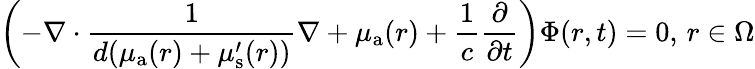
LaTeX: \left(-\nabla\cdot\frac{1}{{d}(\mu_{{\mathrm a}}(r)+\mu_{\mathrm{s}}^{\prime}(r))}\nabla+\mu_{{\mathrm a}}(r)+\frac{1}{c}\frac{\partial}{\partial t}\right)\Phi(r,t)=0,\, r\in\Omega